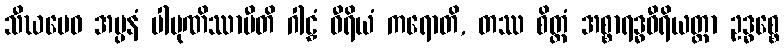
သီဃမေဝ အပ္ပနံ ပါပုဏိဿာမီတိ ဂါဠှံ ဝီရိယံ ကရောတိ, တဿ စိတ္တံ အစ္စာရဒ္ဓဝီရိယတ္တာ ဥဒ္ဓစ္စေ